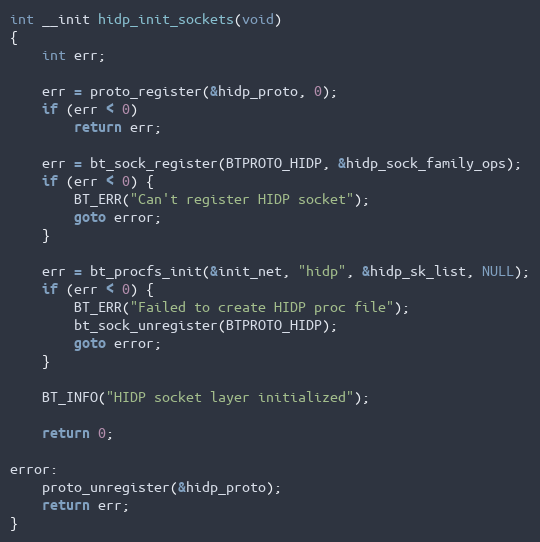
Language: C
int __init hidp_init_sockets(void)
{
	int err;

	err = proto_register(&hidp_proto, 0);
	if (err < 0)
		return err;

	err = bt_sock_register(BTPROTO_HIDP, &hidp_sock_family_ops);
	if (err < 0) {
		BT_ERR("Can't register HIDP socket");
		goto error;
	}

	err = bt_procfs_init(&init_net, "hidp", &hidp_sk_list, NULL);
	if (err < 0) {
		BT_ERR("Failed to create HIDP proc file");
		bt_sock_unregister(BTPROTO_HIDP);
		goto error;
	}

	BT_INFO("HIDP socket layer initialized");

	return 0;

error:
	proto_unregister(&hidp_proto);
	return err;
}